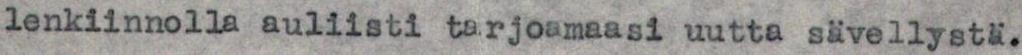
lenkiinnolla auliisti tarjoamaasi uutta sävellystä.